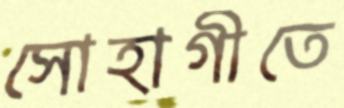
সোহাগীতে